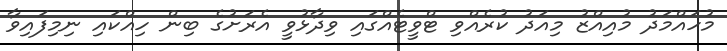
މުހައްމަދު މުއިއްޒު މިއަދު ކުރެއްވި ޓްވީޓެއްގައި ވިދާޅުވީ އެރަށުގެ ބިން ހިއްކައި ނިމިފައިވާ